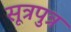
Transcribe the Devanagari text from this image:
सूत्रपुत्र